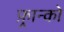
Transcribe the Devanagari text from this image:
फ़्रान्को